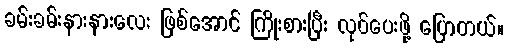
ခမ်းခမ်းနားနားလေး ဖြစ်အောင် ကြိုးစားပြီး လုပ်ပေးဖို့ ပြောတယ်။